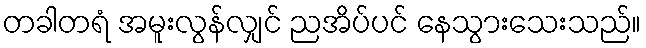
တခါတရံ အမူးလွန်လျှင် ညအိပ်ပင် နေသွားသေးသည်။